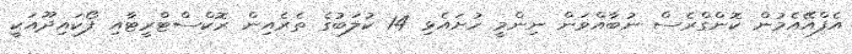
އެފްއޭއެމުން ކޮންގްރެސް ނުބާއްވަން ނިންމީ ހުށައެޅި 14 ކުލަބުގެ ތެރެއިން ރޮކްސްޓްރީޓާއި ފޯކައިދޫއަކީ